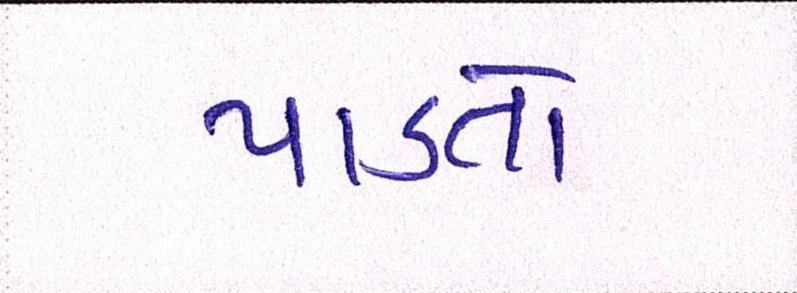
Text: પાડતો